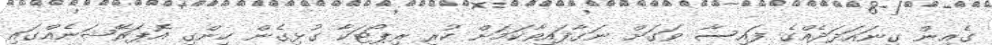
ގެއިން ގިނައަދަދެއްގެ ފައިސާ ވަގަށް ނަގާފައިވާކަމަށް ކުރި ރިޕޯޓަކާ ގުޅިގެން ހިންގި އޮޕަރޭޝަނެއްގައި